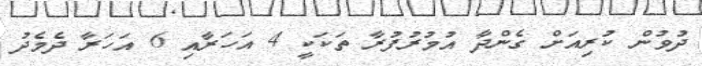
ދުވުން ކުރިއަށް ގެންދާ އުމުރުފުރާ ތަކަކީ 4 އަހަރާއި 6 އަހަރާ ދެމެދު